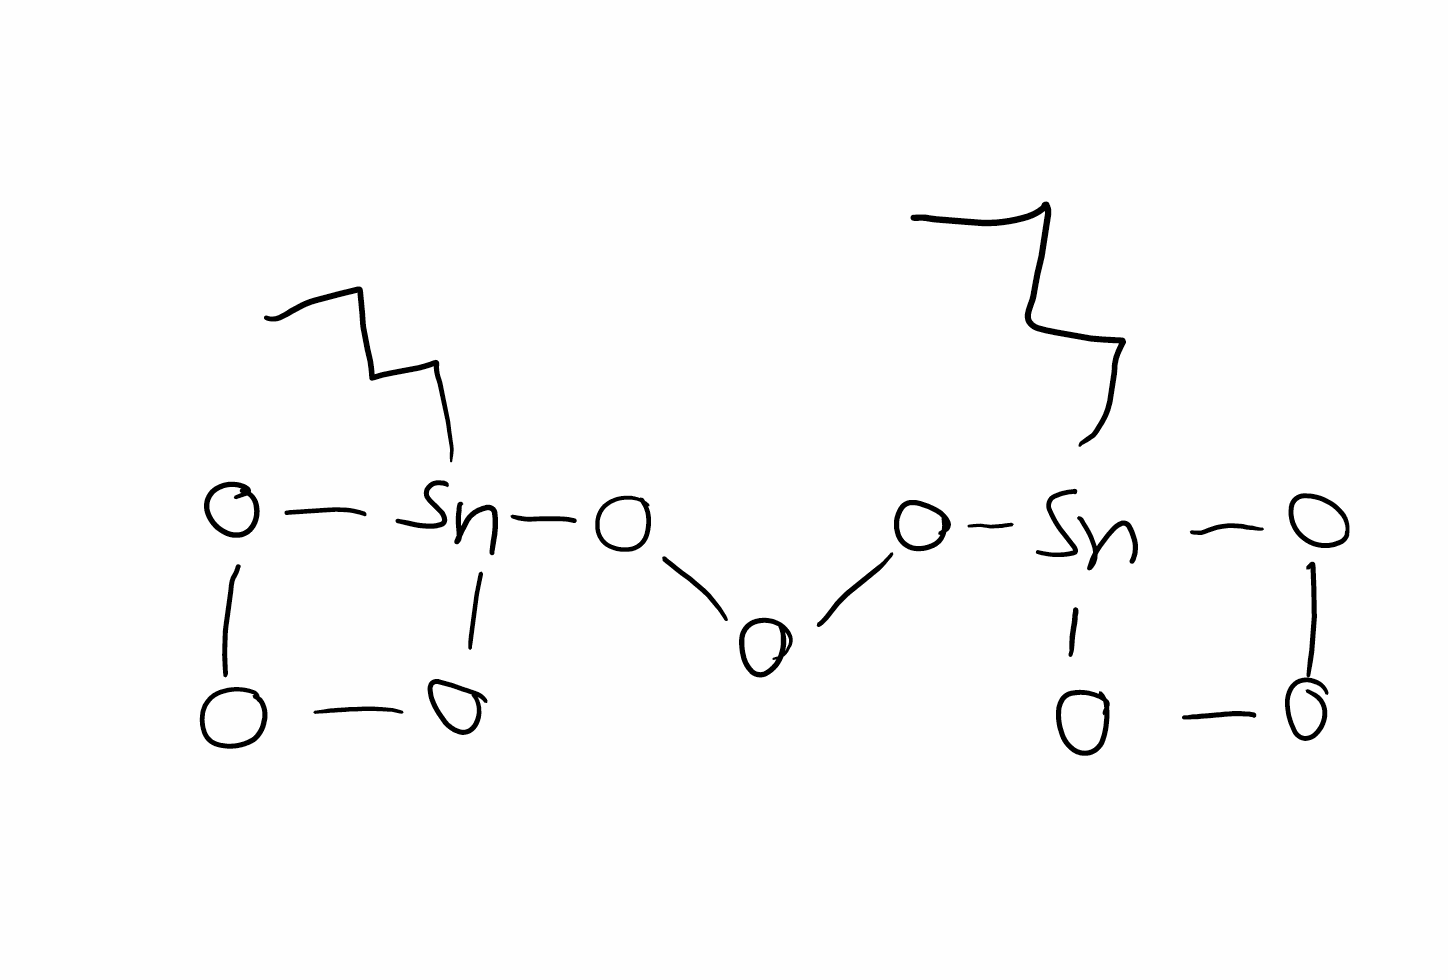
Simplified molecular-input line-entry system (SMILES) notation of the given molecule:
CCCC[Sn]1(OOO1)OOO[Sn]2(OOO2)CCCC